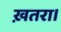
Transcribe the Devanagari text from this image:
ख़तरा।